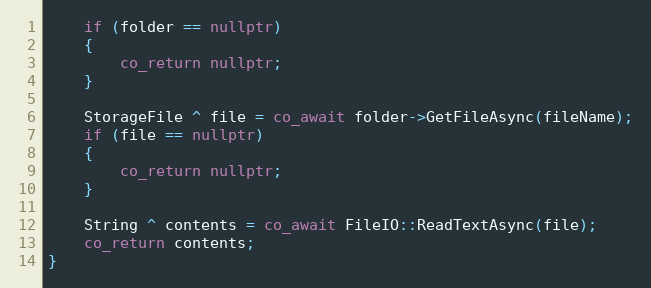
Language: C++
    if (folder == nullptr)
    {
        co_return nullptr;
    }

    StorageFile ^ file = co_await folder->GetFileAsync(fileName);
    if (file == nullptr)
    {
        co_return nullptr;
    }

    String ^ contents = co_await FileIO::ReadTextAsync(file);
    co_return contents;
}